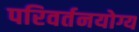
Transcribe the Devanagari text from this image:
परिवर्तनयोग्य